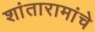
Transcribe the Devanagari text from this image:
शांतारामांचे